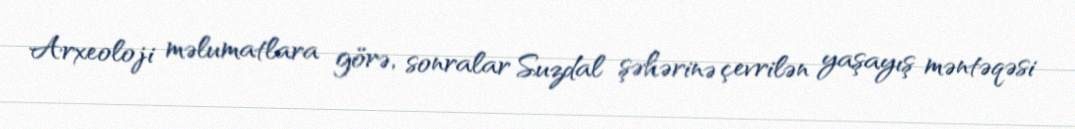
Arxeoloji məlumatlara görə, sonralar Suzdal şəhərinə çevrilən yaşayış məntəqəsi